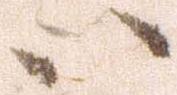
い